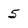
Character: 5